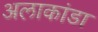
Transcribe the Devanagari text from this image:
अलाकांडा